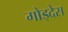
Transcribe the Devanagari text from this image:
गोड्देस